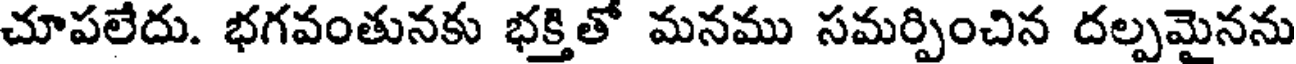
చూపలేదు. భగవంతునకు భక్తితో మనము సమర్పించిన దల్పమైనను